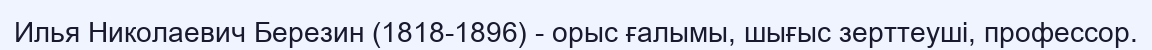
Илья Николаевич Березин (1818-1896) - орыс ғалымы, шығыс зерттеуші, профессор.